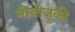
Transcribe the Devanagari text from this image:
मोचीज़ुकी